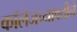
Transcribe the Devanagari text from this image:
कॉलेजच्यावतीने